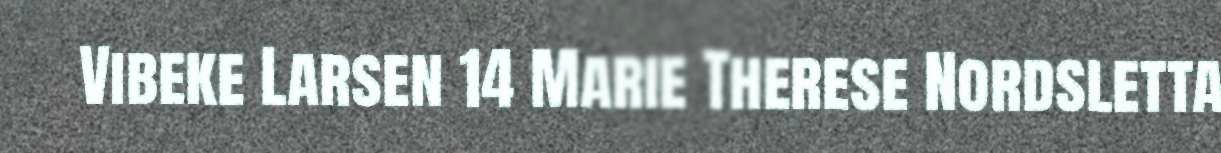
Vibeke Larsen 14 Marie Therese Nordsletta